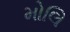
મોલિ